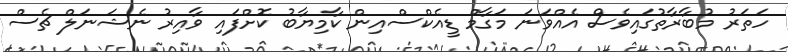
ހަތަރު މުބާރާތުގައިވެސް އެއްވަނަ މަގާމް ޑީއެކްސްއިން ކާމިޔާބު ކޮށްފައި ވާއިރު ނެޝަނަލް ޗެސް